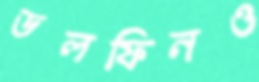
ডলফিনও